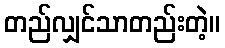
တည်လျှင်သာတည်းတဲ့။